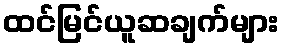
ထင်မြင်ယူဆချက်များ